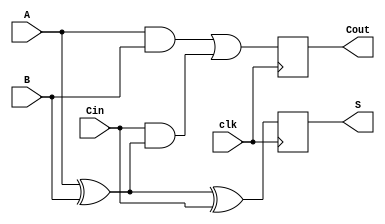
module DynamicFullAdder (
    input wire A,      // First binary input bit
    input wire B,      // Second binary input bit
    input wire Cin,    // Carry input bit
    input wire clk,    // Clock signal for precharge evaluation
    output wire S,     // Sum output
    output wire Cout   // Carry output
);

// Internal wires for XOR calculations
wire AB_xor;    // A XOR B
wire AB_and;    // A AND B
wire Cin_AB_xor; // Cin AND (A XOR B)

// Evaluation Logic
assign AB_xor = A ^ B; // A XOR B
assign AB_and = A & B; // A AND B
assign Cin_AB_xor = Cin & AB_xor; // Cin AND (A XOR B)

// Dynamic logic for Sum (S) - Precharge during clk low, evaluate during clk high
reg S_internal;
always @(posedge clk) begin
    S_internal <= A ^ B ^ Cin; // S = A XOR B XOR Cin
end

// Dynamic logic for Carry-out (Cout) - Precharge during clk low, evaluate during clk high
reg Cout_internal;
always @(posedge clk) begin
    Cout_internal <= AB_and | Cin_AB_xor; // Cout = (A AND B) OR (Cin AND (A XOR B))
end

assign S = S_internal;   // Assign internal registers to outputs
assign Cout = Cout_internal;

endmodule